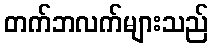
တက်ဘလက်များသည်